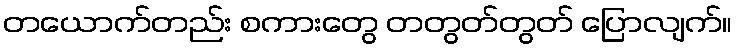
တယောက်တည်း စကားတွေ တတွတ်တွတ် ပြောလျက်။